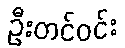
ဦးတင်ဝင်း